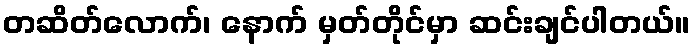
တဆိတ်လောက်၊ နောက် မှတ်တိုင်မှာ ဆင်းချင်ပါတယ်။